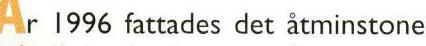
År 1996 fattades det åtminstone